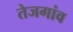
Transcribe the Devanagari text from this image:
तेजगांव